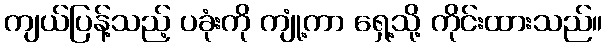
ကျယ်ပြန့်သည့် ပခုံးကို ကျုံ့ကာ ရှေ့သို့ ကိုင်းထားသည်။